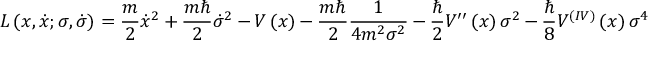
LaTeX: L \left( x , \dot { x } ; \sigma , \dot { \sigma } \right) = \frac { m } { 2 } \dot { x } ^ { 2 } + \frac { m \hbar } { 2 } \dot { \sigma } ^ { 2 } - V \left( x \right) - \frac { m \hbar } { 2 } \frac { 1 } { 4 m ^ { 2 } \sigma ^ { 2 } } - \frac { \hbar } { 2 } V ^ { \prime \prime } \left( x \right) \sigma ^ { 2 } - \frac { \hbar } { 8 } V ^ { ( I V ) } \left( x \right) \sigma ^ { 4 }